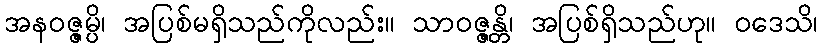
အနဝဇ္ဇမ္ပိ၊ အပြစ်မရှိသည်ကိုလည်း။ သာဝဇ္ဇန္တိ၊ အပြစ်ရှိသည်ဟု။ ဝဒေသိ၊